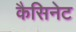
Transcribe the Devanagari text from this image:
कैसिनेट